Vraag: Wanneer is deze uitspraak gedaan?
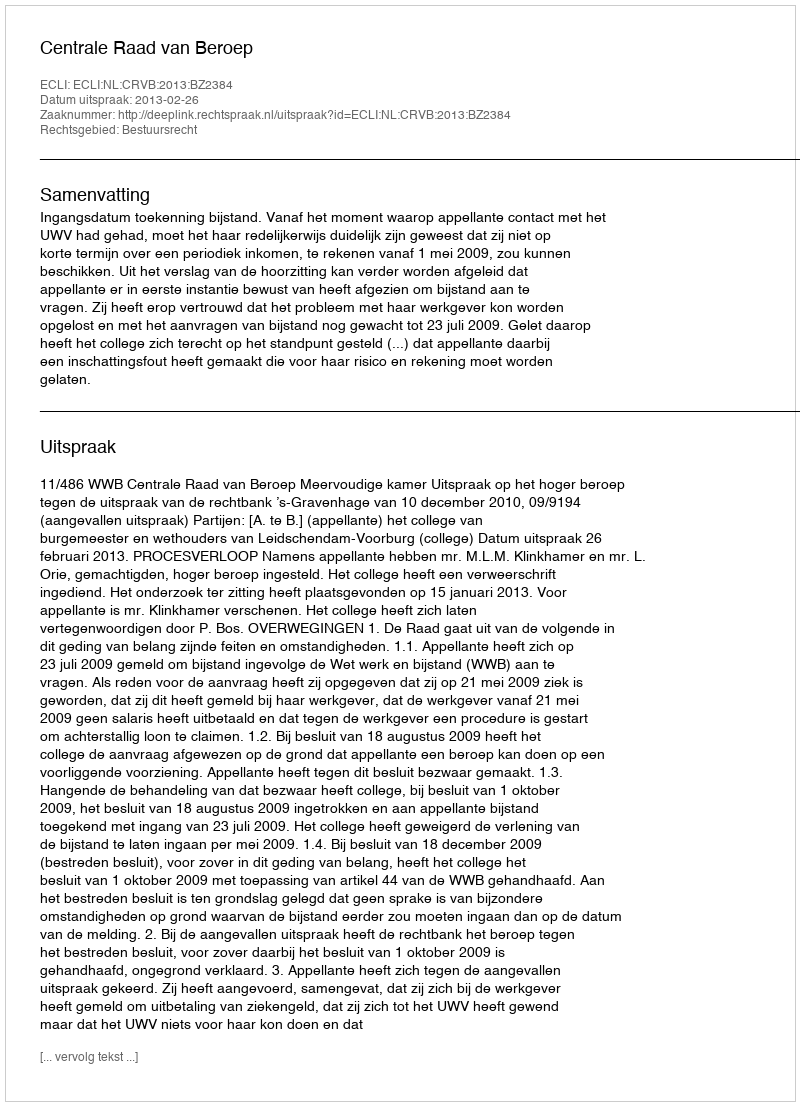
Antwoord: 2013-02-26